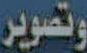
وتصوير